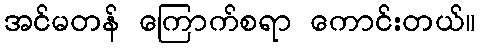
အင်မတန် ကြောက်စရာ ကောင်းတယ်။